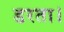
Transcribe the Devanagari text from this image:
डरता।